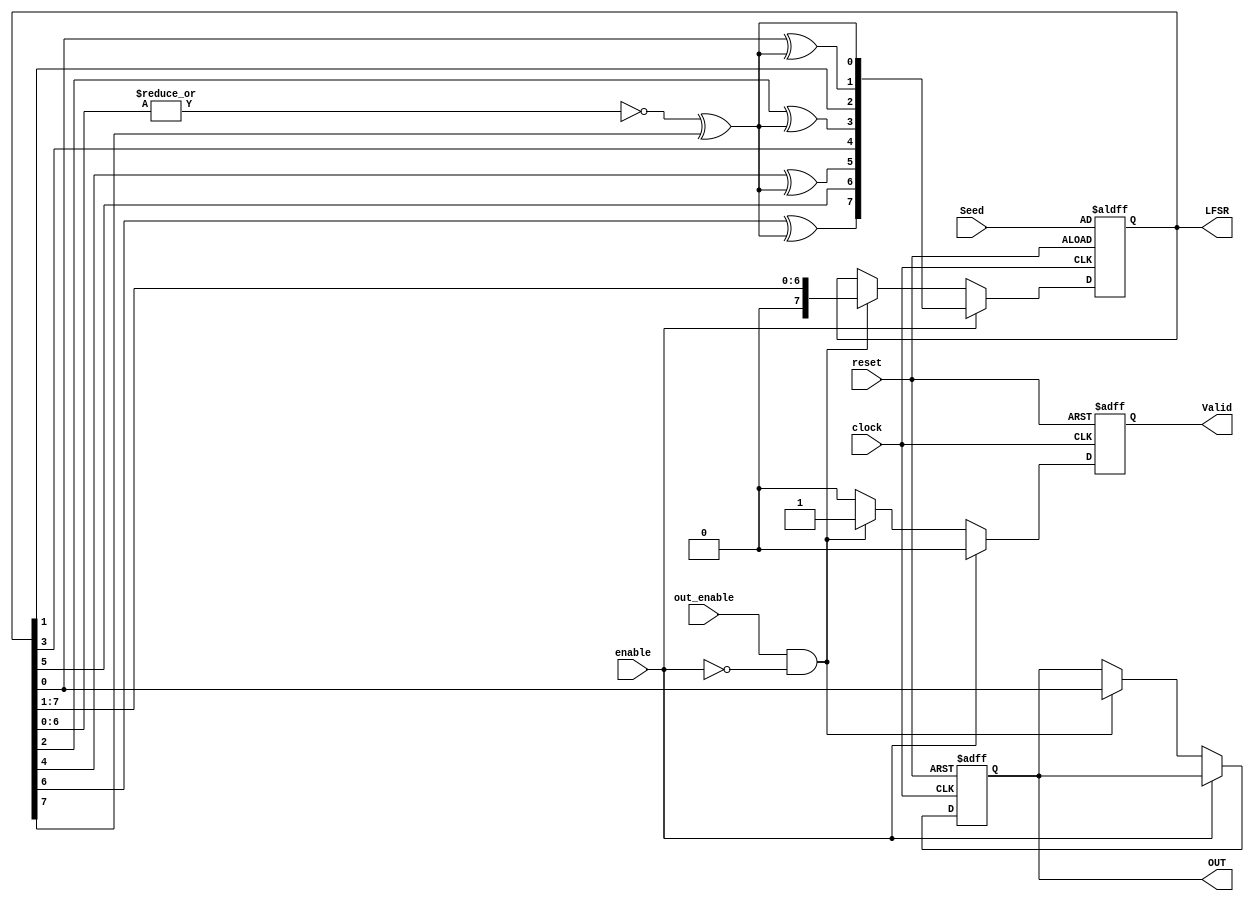
module LFSR (
    input clock,reset,out_enable,enable,
    input      [7:0] Seed,
    output reg [7:0] LFSR,
    output reg Valid,OUT
);
 integer i;
 reg [7:0] taps = 8'b10101010;
 reg feedback,Valid_Comb,OUT_Comb;
 reg [7:0] LFSR_COMB;
 
 function reg [7:0] SET_LFSR_COMB;
    input fb;
    input [7:0] lfsr;
    integer i;

    begin
     SET_LFSR_COMB[0] =  fb;
      for(i =1  ;  i <= 7  ;  i = i + 1)
       begin
        if(taps[i]==1)
         begin
          SET_LFSR_COMB[i] = lfsr[i-1]^fb;  
         end
        else
         begin
           SET_LFSR_COMB[i] = lfsr[i-1];
         end
       end 
    end
    
 endfunction
 always@(*)
 begin
   feedback = (~|LFSR[6:0]) ^ (LFSR[7]);
   //LFSR_COMB[0] = feedback; 
   
   Valid_Comb=0;
   OUT_Comb=OUT;
    if(enable)
     begin
     LFSR_COMB = SET_LFSR_COMB(feedback,LFSR);
     end
    else if(out_enable&&!enable)
     begin
      LFSR_COMB=LFSR>>1;
      
       Valid_Comb=1;
       OUT_Comb =  LFSR[0];
      
      end
    else
     begin
      LFSR_COMB = LFSR;
     end
 end
 always@(posedge clock or negedge reset)
 begin
    if(!reset)//priority for reset
     begin 
      LFSR<=Seed;
      OUT<=0;
      Valid<=0;
     end
    else
     begin
      LFSR <= LFSR_COMB;
      Valid <= Valid_Comb;
      OUT <= OUT_Comb;
     end
 end
endmodule